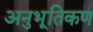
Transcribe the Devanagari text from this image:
अनुभूतिकण